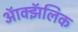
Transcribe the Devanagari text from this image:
ऑक्झॅलिक